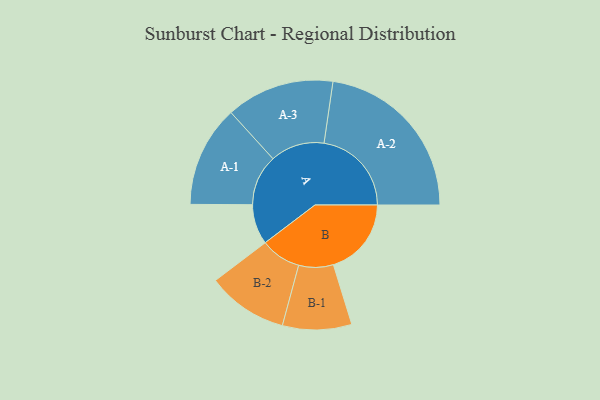
{"axis": {"x": "Segment", "y": "Value"}, "legend": ["", "A", "B"], "data": [{"x": "A", "y": 131, "type": ""}, {"x": "B", "y": 255, "type": ""}, {"x": "A-1", "y": 166, "type": "A"}, {"x": "A-2", "y": 286, "type": "A"}, {"x": "A-3", "y": 177, "type": "A"}, {"x": "B-1", "y": 113, "type": "B"}, {"x": "B-2", "y": 132, "type": "B"}]}